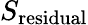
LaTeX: S_{\mathrm{residual}}